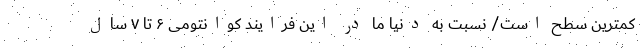
کمترین سطح است/ نسبت به دنیا ما در این فرایند کوانتومی ۶ تا ۷ سال